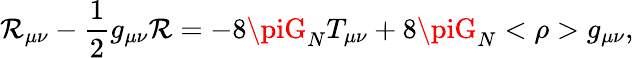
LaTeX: \mathcal{R}_{\mu\nu}-{\frac{{1}}{{2}}}g_{\mu\nu}\mathcal{R}=-8\piG_{N}T_{\mu\nu}+8\piG_{N}<\rho>g_{\mu\nu},